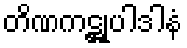
တိဏကဋ္ဌုပါဒါနံ